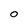
Character: 0